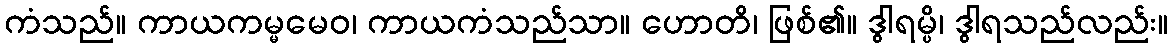
ကံသည်။ ကာယကမ္မမေဝ၊ ကာယကံသည်သာ။ ဟောတိ၊ ဖြစ်၏။ ဒွါရမ္ပိ၊ ဒွါရသည်လည်း။